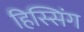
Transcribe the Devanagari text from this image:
हिस्सिंग